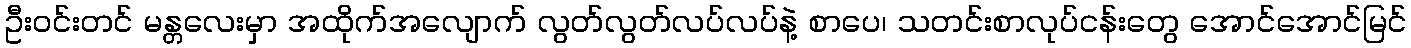
ဦးဝင်းတင် မန္တလေးမှာ အထိုက်အလျောက် လွတ်လွတ်လပ်လပ်နဲ့ စာပေ၊ သတင်းစာလုပ်ငန်းတွေ အောင်အောင်မြင်